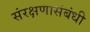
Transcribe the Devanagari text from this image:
संरक्षणासंबंधी